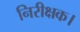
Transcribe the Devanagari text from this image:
निरीक्षक।